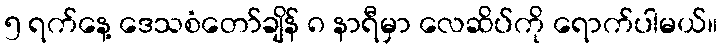
၅ ရက်နေ့ ဒေသစံတော်ချိန် ၈ နာရီမှာ လေဆိပ်ကို ရောက်ပါမယ်။